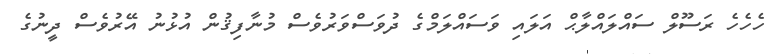
ހެހެހެ ރަސޫލް ސައްލައްލާޙް އަލައި ވަސައްލަމްގެ ދުވަސްވަރުވެސް މުނާފިޤުން އުޅުނު އޭރުވެސް ދީނުގެ